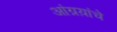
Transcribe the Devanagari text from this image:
आंग्रय़ांचे